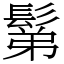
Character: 鬀